Madras plague regulations and rules - Volume 1
Disease focus: Plague
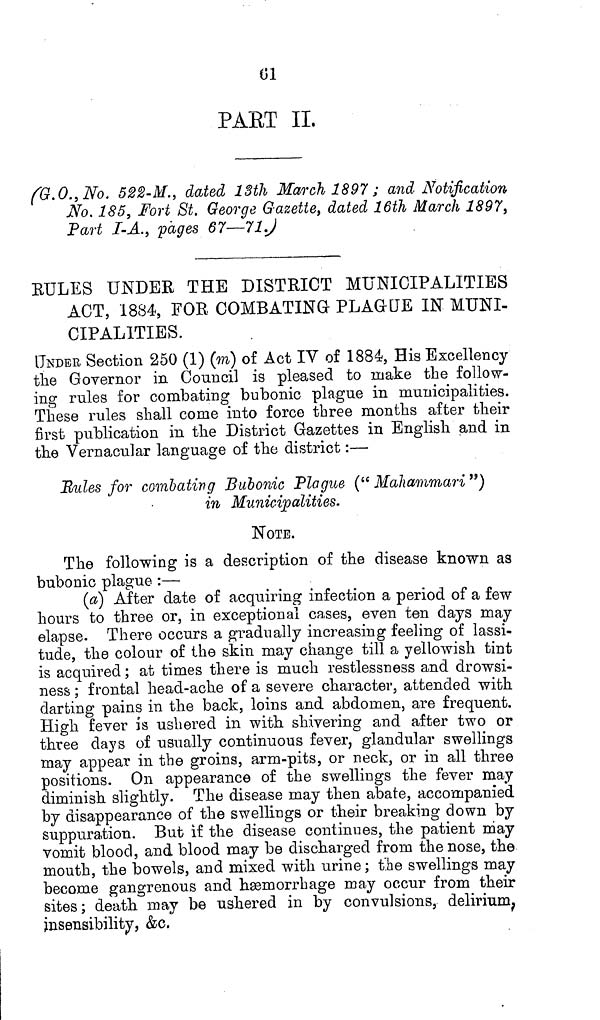
01
PART II.
(G.O., No. 522-M., dated 13th March 1897 ; and Notification
No. 185, Fort St. George Gazette, dated 16th March 1897,
Part I-A., pages 67—71)
RULES UNDER THE DISTRICT MUNICIPALITIES
ACT, 1884, FOR COMBATING PLAGUE IN MUNI-
CIPALITIES.
UNDER Section 250 (1) (m) of Act IV of 1884, His Excellency
the Governor in Council is pleased to make the follow-
ing rules for combating bubonic plague in municipalities.
These rules shall come into force three months after their
first publication in the District Gazettes in English and in
the Vernacular language of the district:—
Rules for combating Bubonic Plague (" Mahammari ")
in Municipalities.
NOTE.
The following is a description of the disease known as
bubonic plague :—
(a) After date of acquiring infection a period of a few
hours to three or, in exceptional cases, even ten days may
elapse. There occurs a gradually increasing feeling of lassi-
tude, the colour of the skin may change till a yellowish tint
is acquired; at times there is much restlessness and drowsi-
ness ; frontal head-ache of a severe character, attended with
darting pains in the back, loins and abdomen, are frequent.
High fever is ushered in with shivering and after two or
three days of usually continuous fever, glandular swellings
may appear in the groins, arm-pits, or neck, or in all three
positions. On appearance of the swellings the fever may
diminish slightly. The disease may then abate, accompanied
by disappearance of the swellings or their breaking down by
suppuration. But if the disease continues, the patient may
vomit blood, and blood may be discharged from the nose, the
mouth, the bowels, and mixed with urine; the swellings may
become gangrenous and haemorrhage may occur from their
sites; death may be ushered in by convulsions, delirium,
insensibility, &c.